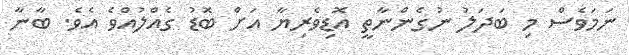
ނަމަވެސް މި ބަދަލު ނުގެންނާތީ އޮޑިވެރިޔާ އަށް ބޮޑު ގެއްލުއްވެ އެވެ. ބާނާ